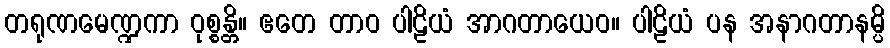
တရုဏမေဏ္ဍကာ ဝုစ္စန္တိ။ ဧတေ တာဝ ပါဠိယံ အာဂတာယေဝ။ ပါဠိယံ ပန အနာဂတာနမ္ပိ